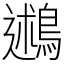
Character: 鶐